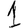
Digit: 1